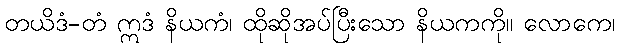
တယိဒံ-တံ ဣဒံ နိယကံ၊ ထိုဆိုအပ်ပြီးသော နိယကကို။ လောကေ၊